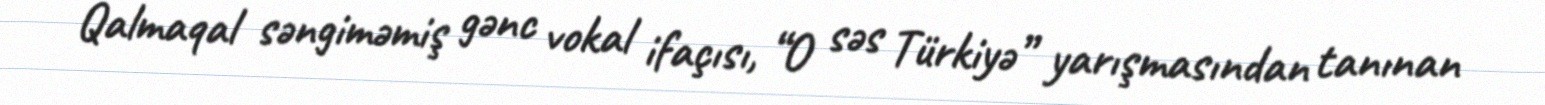
Qalmaqal səngiməmiş gənc vokal ifaçısı, “O səs Türkiyə” yarışmasından tanınan